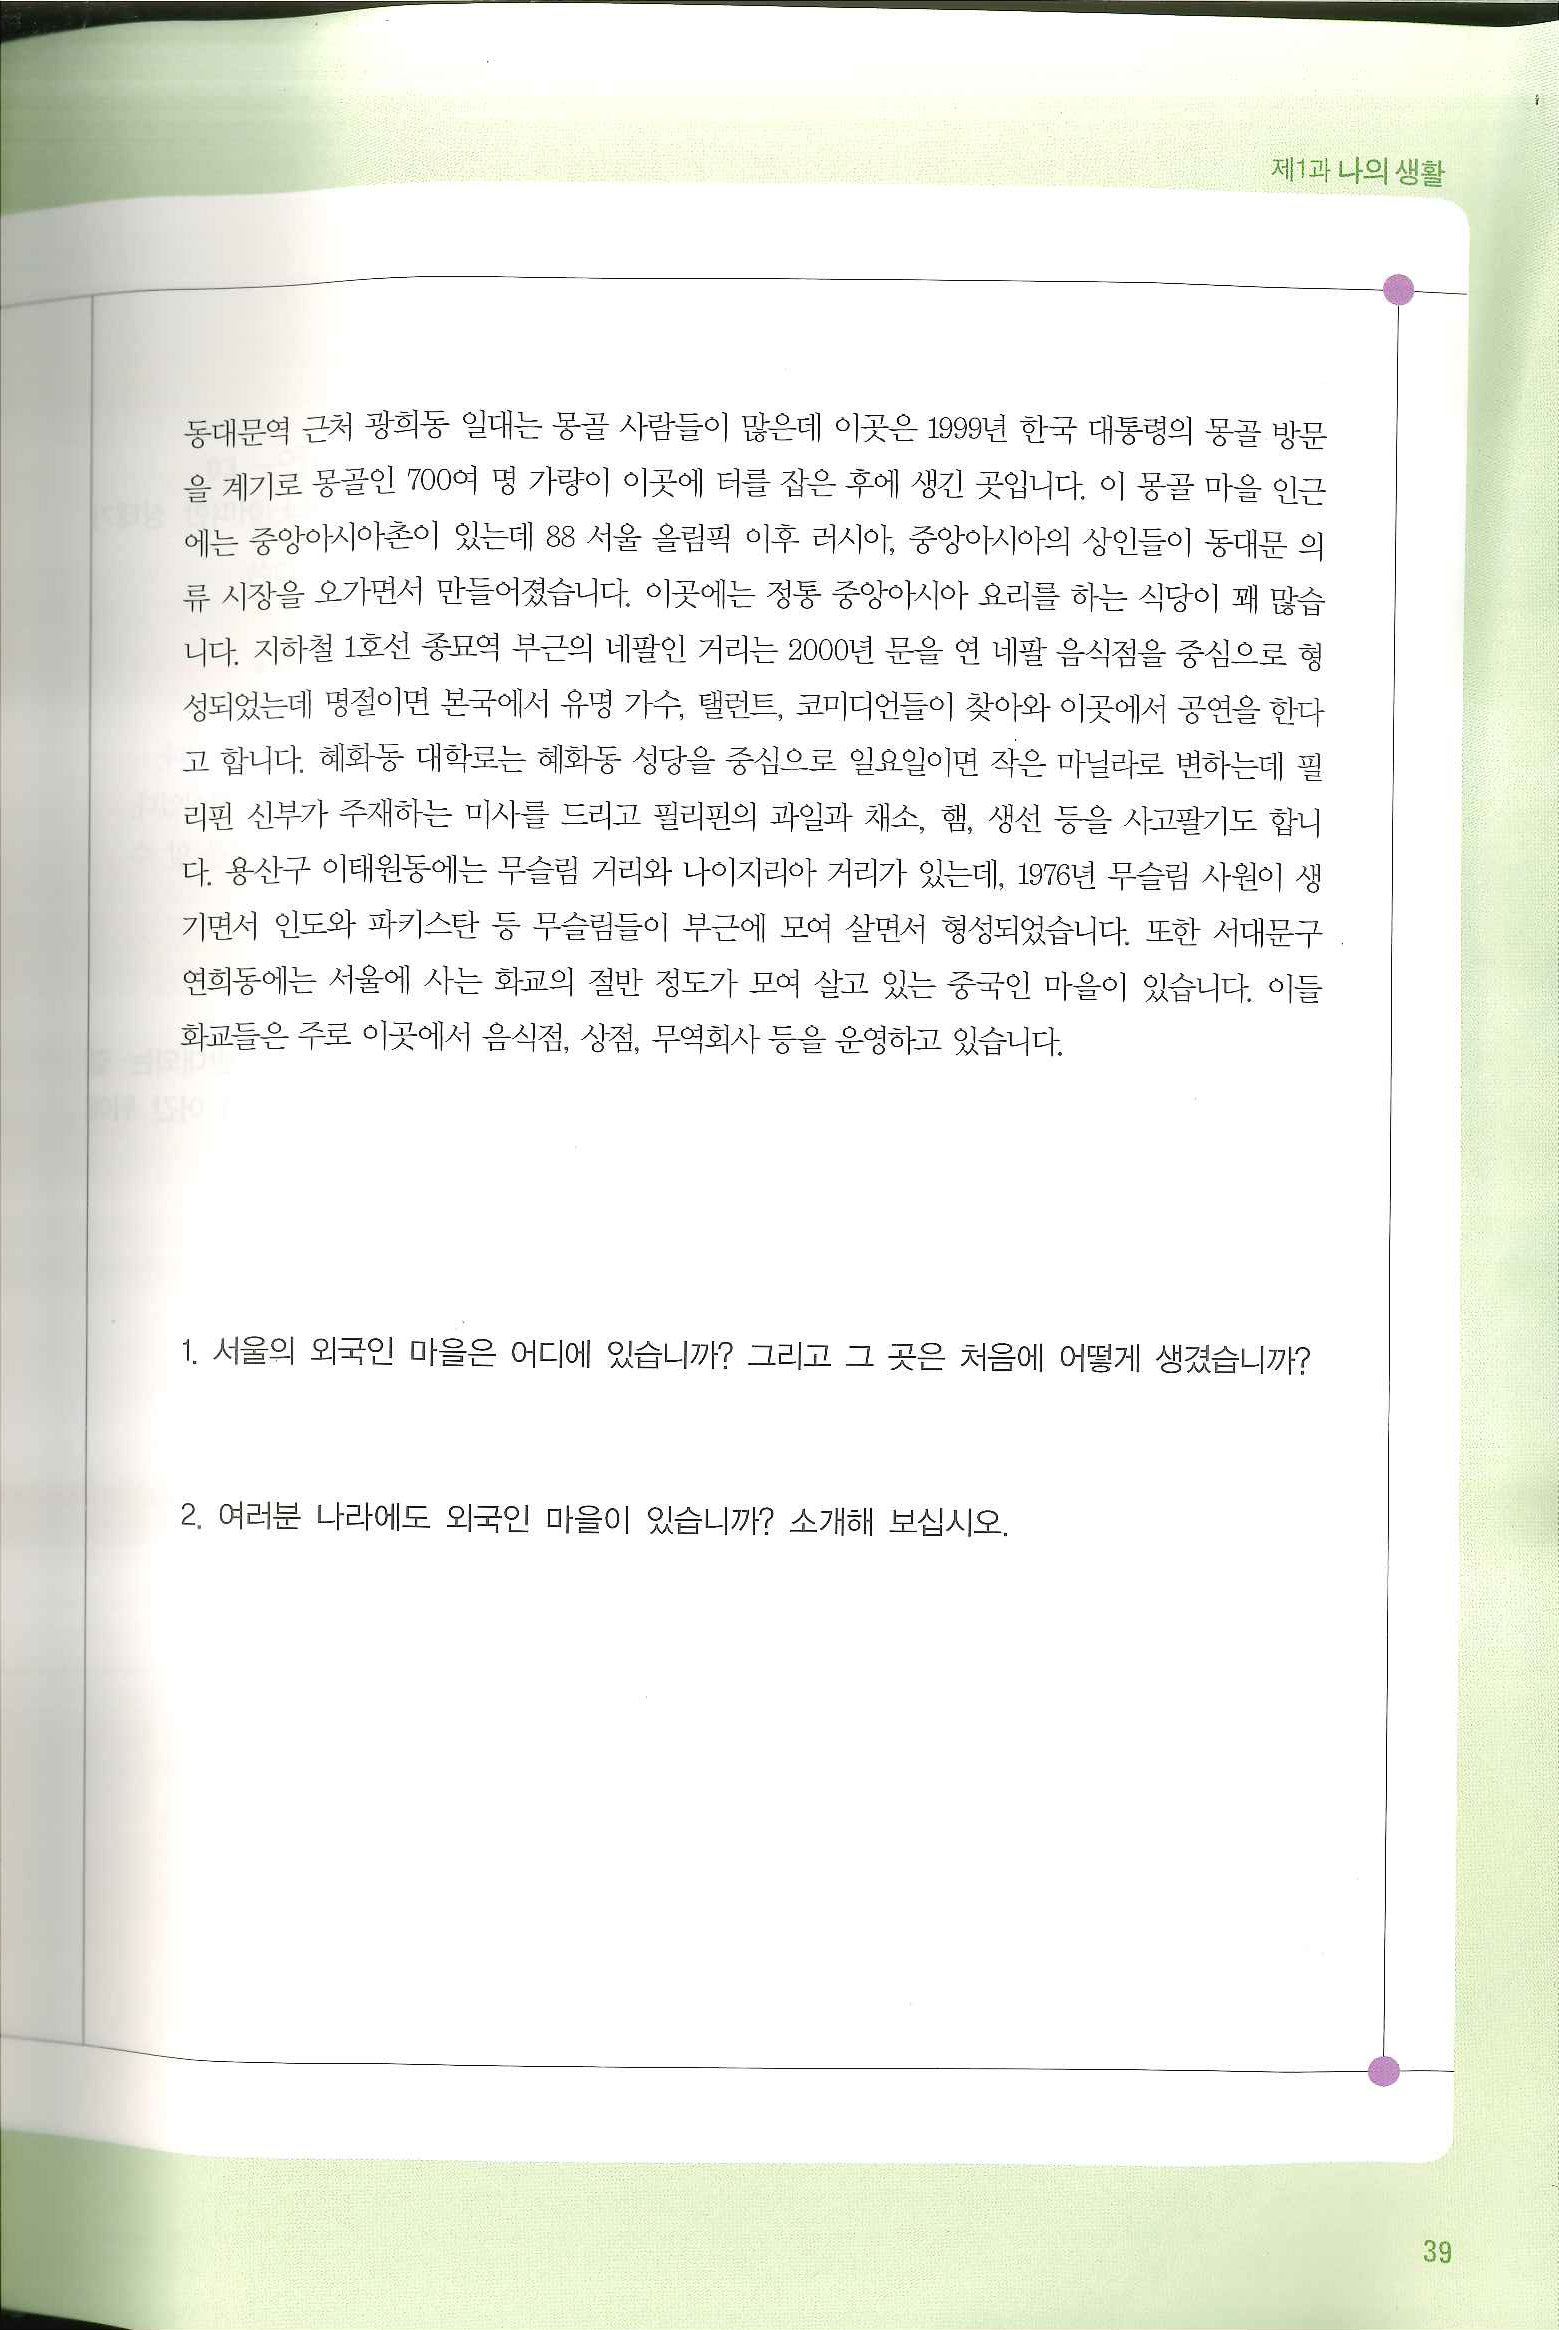
Language: ko